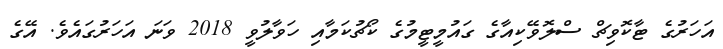
އަހަރުގެ ޓާކޮވިޗް ސްލޮވޭކިއާގެ ގައުމީޓީމުގެ ކޯޗުކަމާއި ހަވާލުވީ 2018 ވަނަ އަހަރުގައެވެ. އޭގެ